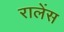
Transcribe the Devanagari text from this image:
रालेंस